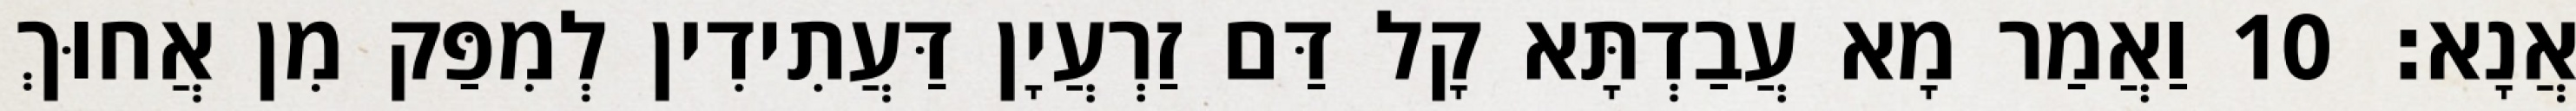
אֲנָא׃ 10 וַאֲמַר מָא עֲבַדְתָּא קָל דַּם זַרְעֲיָן דַּעֲתִידִין לְמִפַּק מִן אֲחוּךְ